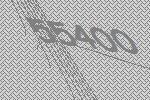
55400